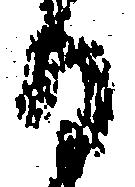
日